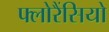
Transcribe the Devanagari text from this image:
फ्लोरैंसियो